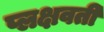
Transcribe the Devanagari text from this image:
प्लक्षवती